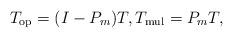
LaTeX: \begin{align*}T_{\rm op}= (I-P_m)T, T_{\rm mul}=P_mT,\end{align*}